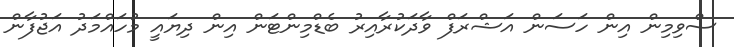
ސްވިމިން އިން ހަސަން އަޝްރަފް ވާދަކުރާއިރު ބެޑްމިންޓަން އިން ދިޔައީ މުހައްމަދު އަޖުފާން